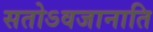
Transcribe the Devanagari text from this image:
सतोऽवजानाति